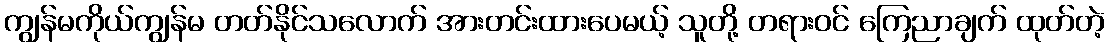
ကျွန်မကိုယ်ကျွန်မ တတ်နိုင်သလောက် အားတင်းထားပေမယ့် သူတို့ တရားဝင် ကြေညာချက် ထုတ်တဲ့